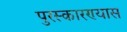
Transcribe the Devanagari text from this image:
पुरस्कारण्यास